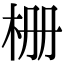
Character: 栅